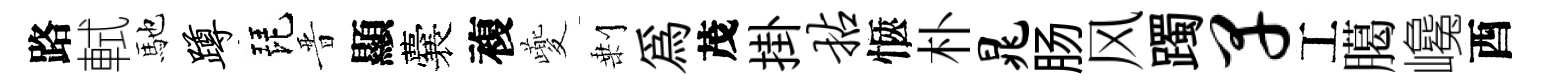
路軾馳蹲琵晋顯囊複夔剰爲茂掛拈愜朴晁肠风躅早工臈巉酉